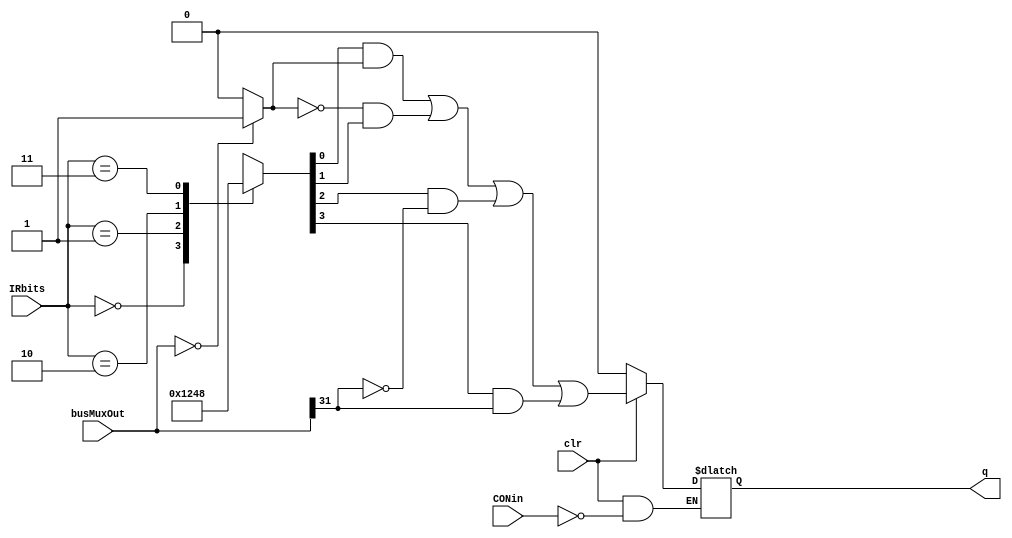
`timescale 1ns/10ps

module CONFF(
    output reg q,       //to control unit
    input CONin, clr,  //CONin is control signal
    input [1:0] IRbits, 
    input [31:0] busMuxOut  
    );
  
  wire IR0 = IRbits[0];
  wire IR1 = IRbits[1];
  
  reg[4:0] decoderOut;
  
  wire dconff, and0, and1, and2, and3, norout;
  wire orlt0, orgte0, ornonzero, or0;
  
  always @ (*)
    begin
      case ({IR1,IR0})
        2'b00: 
		  begin
			decoderOut = 4'b0001;
		  end
        2'b01: begin 
			decoderOut = 4'b0010;
		  end
        2'b10: begin
			decoderOut = 4'b0100;
		  end
        2'b11: begin
			decoderOut = 4'b1000;
		  end
        default: decoderOut = 4'bx;
      endcase
    end

  assign norout     = (busMuxOut == 32'd0) ? 1'b1 : 1'b0;
  assign or0        = decoderOut[0] & norout;                    
  assign ornonzero  = (!(norout)) & decoderOut[1];
  
  assign orgte0     = decoderOut[2] & (!(busMuxOut[31]));
  assign orlt0      = decoderOut[3] & busMuxOut[31];
  assign dconff     = or0 | ornonzero | orgte0 | orlt0;
                    
                   
                    
  always @ (*)
    begin
      if(clr == 0)
        q <= 0;
      else if (CONin)
        q <= dconff;
    end
endmodule